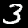
Label: 3